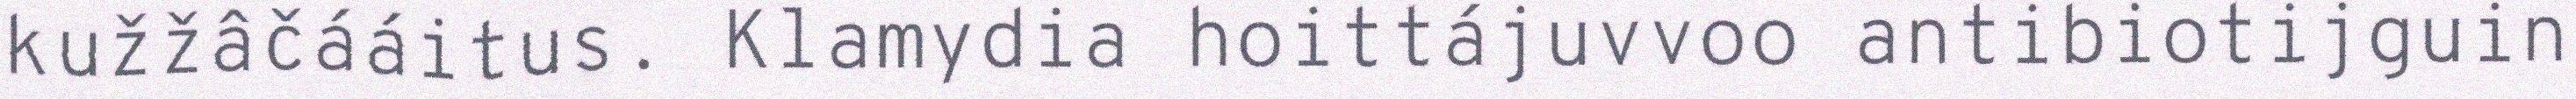
kužžâčááitus. Klamydia hoittájuvvoo antibiotijguin